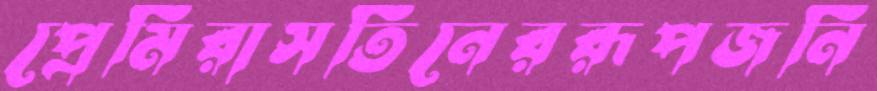
প্রেমিরাসতিনেররূপজনি